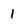
Character: 1